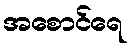
အစောင်ရေ